Structure of Hæmatopota pluvialis (Meigen) - Number 55
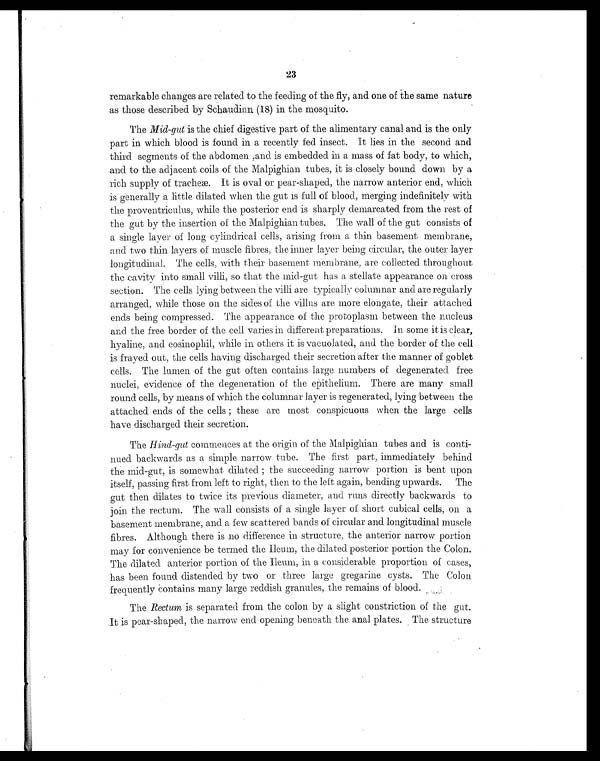
23
remarkable changes are related to the feeding of the fly, and one of the same nature
as those described by Schaudinn (18) in the mosquito.
The Mid-gut is the chief digestive part of the alimentary canal and is the only
part in which blood is found in a recently fed insect. It lies in the second and
third segments of the abdomen ,and is embedded in a mass of fat body, to which,
and to the adjacent coils of the Malpighian tubes, it is closely bound down by a
rich supply of tracheæ. It is oval or pear-shaped, the narrow anterior end, which
is generally a little dilated when the gut is full of blood, merging indefinitely with
the proventriculus, while the posterior end is sharply demarcated from the rest of
the gut by the insertion of the Malpighian tubes. The wall of the gut consists of
a single layer of long cylindrical cells, arising from a thin basement membrane,
and two thin layers of muscle fibres, the inner layer being circular, the outer layer
longitudinal. The cells, with their basement membrane, are collected throughout
the cavity into small villi, so that the mid-gut has a stellate appearance on cross
section. The cells lying between the villi are typically columnar and are regularly
arranged, while those on the sides of the villus are more elongate, their attached
ends being compressed. The appearance of the protoplasm between the nucleus
and the free border of the cell varies in different preparations. In some it is clear,
hyaline, and eosinophil, while in others it is vacuolated, and the border of the cell
is frayed out, the cells having discharged their secretion after the manner of goblet
cells. The lumen of the gut often contains large numbers of degenerated free
nuclei, evidence of the degeneration of the epithelium. There are many small
round cells, by means of which the columnar layer is regenerated, lying between the
attached ends of the cells; these are most conspicuous when the large cells
have discharged their secretion.
The Hind-gut commences at the origin of the Malpighian tubes and is conti-
nued backwards as a simple narrow tube. The first part, immediately behind
the mid-gut, is somewhat dilated; the succeeding narrow portion is bent upon
itself, passing first from left to right, then to the left again, bending upwards. The
gut then dilates to twice its previous diameter, and runs directly backwards to
join the rectum. The wall consists of a single layer of short cubical cells, on a
basement membrane, and a few scattered bands of circular and longitudinal muscle
fibres. Although there is no difference in structure, the anterior narrow portion
may for convenience be termed the Ileum, the dilated posterior portion the Colon.
The dilated anterior portion of the Ileum, in a considerable proportion of cases,
has been found distended by two or three large gregarine cysts. The Colon
frequently contains many large reddish granules, the remains of blood.
The Rectum is separated from the colon by a slight constriction of the gut.
It is pear-shaped, the narrow end opening beneath the anal plates. The structure